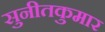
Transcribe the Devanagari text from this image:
सुनीतकुमार